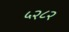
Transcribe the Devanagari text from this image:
५२८२